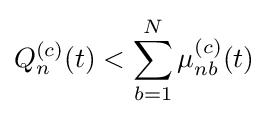
Q_{n}^{(c)}(t)<\sum _{b=1}^{N}\mu _{nb}^{(c)}(t)